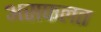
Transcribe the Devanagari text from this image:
असफलत